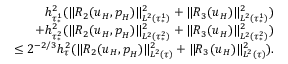
\begin{array} { r l r } & { } & { h _ { \tau _ { * } ^ { 1 } } ^ { 2 } ( \| R _ { 2 } ( \boldsymbol { u } _ { H } , \boldsymbol { p } _ { H } ) \| _ { L ^ { 2 } ( \tau _ { * } ^ { 1 } ) } ^ { 2 } + \| R _ { 3 } ( \boldsymbol { u } _ { H } ) \| _ { L ^ { 2 } ( \tau _ { * } ^ { 1 } ) } ^ { 2 } ) } \\ & { } & { ~ + h _ { \tau _ { * } ^ { 2 } } ^ { 2 } ( \| R _ { 2 } ( \boldsymbol { u } _ { H } , \boldsymbol { p } _ { H } ) \| _ { L ^ { 2 } ( \tau _ { * } ^ { 2 } ) } ^ { 2 } + \| R _ { 3 } ( \boldsymbol { u } _ { H } ) \| _ { L ^ { 2 } ( \tau _ { * } ^ { 2 } ) } ^ { 2 } ) } \\ & { } & { \quad \leq 2 ^ { - 2 / 3 } h _ { \tau } ^ { 2 } ( \| R _ { 2 } ( \boldsymbol { u } _ { H } , \boldsymbol { p } _ { H } ) \| _ { L ^ { 2 } ( \tau ) } ^ { 2 } + \| R _ { 3 } ( \boldsymbol { u } _ { H } ) \| _ { L ^ { 2 } ( \tau ) } ^ { 2 } ) . } \end{array}